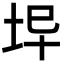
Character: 𡊈